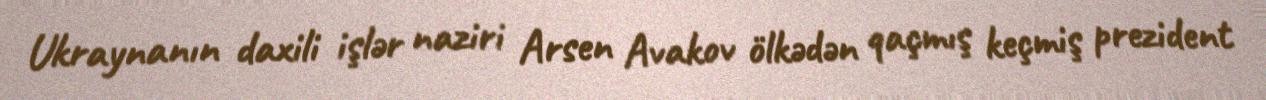
Ukraynanın daxili işlər naziri Arsen Avakov ölkədən qaçmış keçmiş prezident